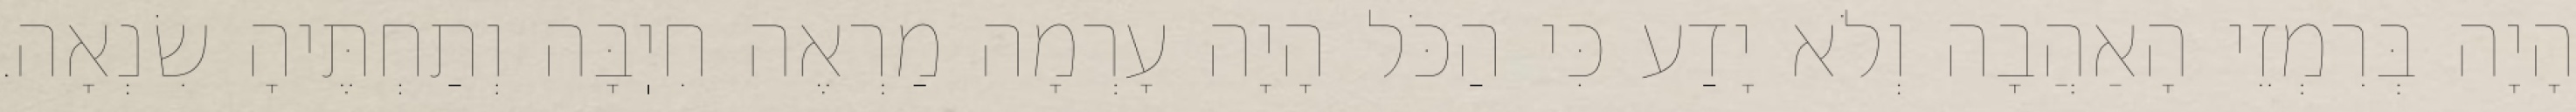
הָיָה בְּרִמְזֵי הָאַהֲבָה וְלֹא יָדַע כִּי הַכֹּל הָיָה עָרְמָה מַרְאֶה חִיֽבָּה וְתַחְתֶּיהָ שִׂנְאָה.